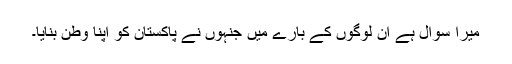
میرا سوال ہے ان لوگوں کے بارے میں جنہوں نے پاکستان کو اپنا وطن بنایا۔